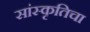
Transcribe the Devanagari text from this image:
सांस्कृतिचा